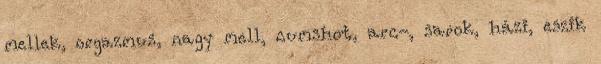
mellek, orgazmus, nagy mell, cumshot, arc-, sarok, házi, eszik